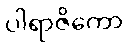
ပါရာဇိကော